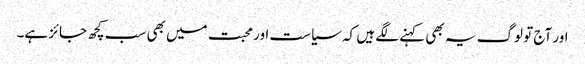
اور آج تو لوگ یہ بھی کہنے لگے ہیں کہ سیاست اور محبت میں بھی سب کچھ جائز ہے۔